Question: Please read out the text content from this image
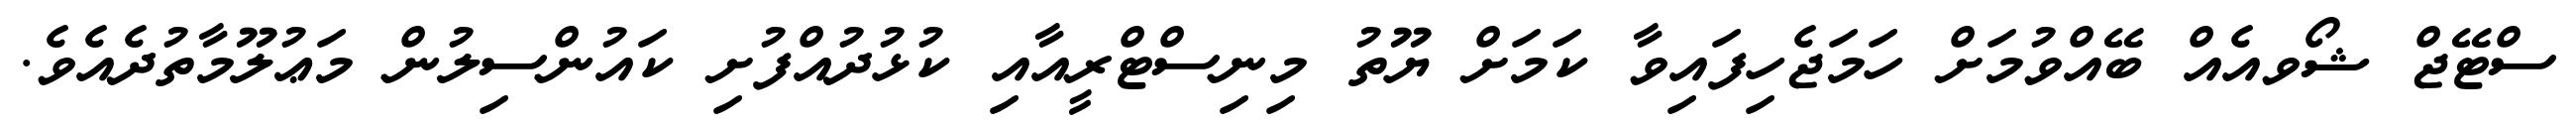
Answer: ސްޓޭޖް ޝޯވއެއް ބޭއްވުމަށް ހަމަޖެހިފައިވާ ކަމަށް ޔޫތު މިނިސްޓްރީއާއި ކުޅުދުއްފުށި ކައުންސިލުން މަޢުލޫމާތުދެއެވެ.